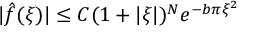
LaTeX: | { \hat { f } } ( \xi ) | \leq C ( 1 + | \xi | ) ^ { N } e ^ { - b \pi \xi ^ { 2 } }